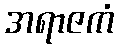
အရာဇကံ